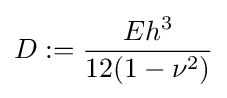
D:={\frac {Eh^{3}}{12(1-\nu ^{2})}}